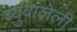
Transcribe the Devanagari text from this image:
ब्युवालेली